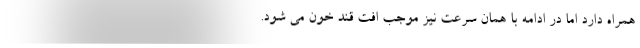
همراه دارد اما در ادامه با همان سرعت نیز موجب افت قند خون می شود.